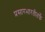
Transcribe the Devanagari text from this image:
प्रसारभारतीतर्फे